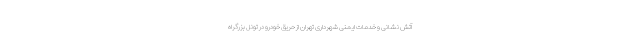
آتش نشانی و خدمات ایمنی شهرداری تهران از حریق خودرو در تونل بزرگراه